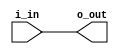
module IO_Block (
    input wire i_in,
    output reg o_out
);

assign o_out = i_in;

endmodule